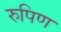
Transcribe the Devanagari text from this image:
रुपिण